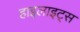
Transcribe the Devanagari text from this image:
हाइलाइट्स